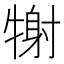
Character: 𤚑